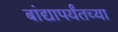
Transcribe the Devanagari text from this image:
बांद्यापर्यंतच्या